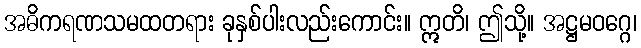
အဓိကရဏသမထတရား ခုနှစ်ပါးလည်းကောင်း။ ဣတိ၊ ဤသို့။ အဋ္ဌမဝဂ္ဂေ၊